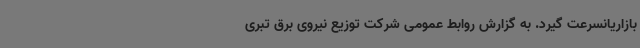
بازاریانسرعت گیرد. به گزارش روابط عمومی شرکت توزیع نیروی برق تبری